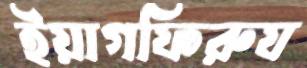
ইয়াগফিরুয